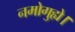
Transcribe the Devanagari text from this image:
नमोगुह्ये।